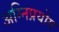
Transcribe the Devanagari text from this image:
अग्निप्रयोग